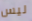
ليس